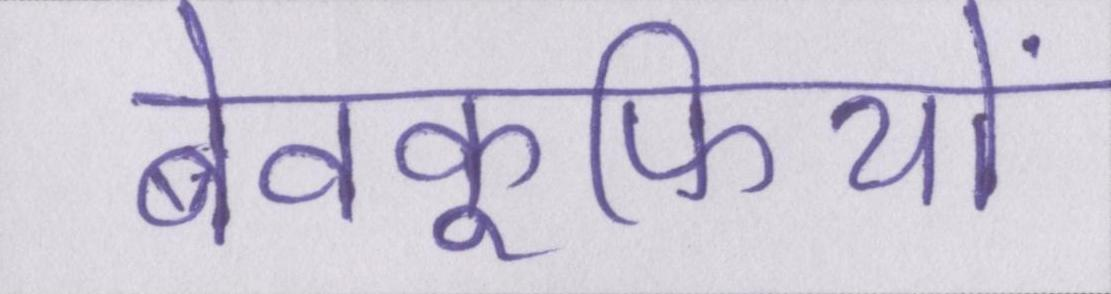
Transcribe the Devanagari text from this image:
बेवकूफियों